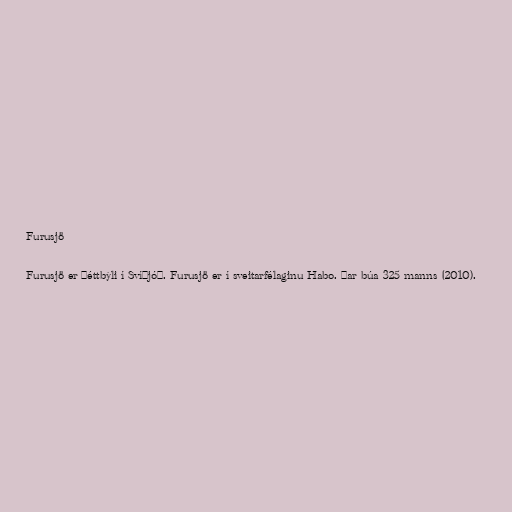
Furusjö

Furusjö er þéttbýli í Svíþjóð. Furusjö er í sveitarfélaginu Habo. Þar búa 325 manns (2010).